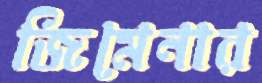
জিমেনার